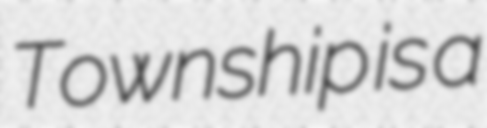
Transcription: Township is a